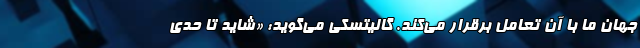
جهان ما با آن تعامل برقرار می‌کند. گالیتسکی می‌گوید: «شاید تا حدی